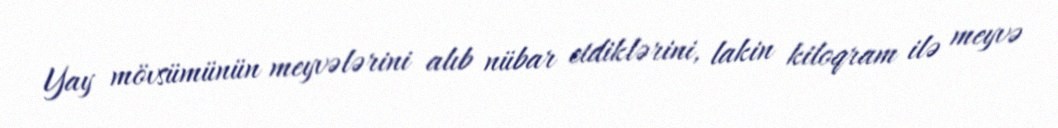
Yay mövsümünün meyvələrini alıb nübar etdiklərini, lakin kiloqram ilə meyvə